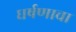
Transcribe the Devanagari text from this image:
घर्षणाचा